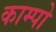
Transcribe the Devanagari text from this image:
काम्पो